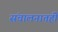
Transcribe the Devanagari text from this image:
संचालनातही